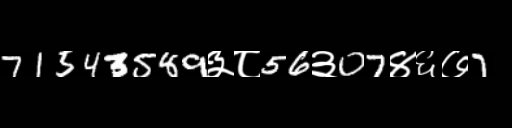
Text: 71543589३८56३07४६७7